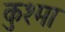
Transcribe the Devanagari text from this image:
कुश्‍मा